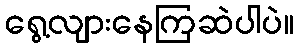
ရွေ့လျားနေကြဆဲပါပဲ။